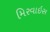
મિરવાઇસ